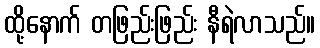
ထို့နောက် တဖြည်းဖြည်း နီရဲလာသည်။